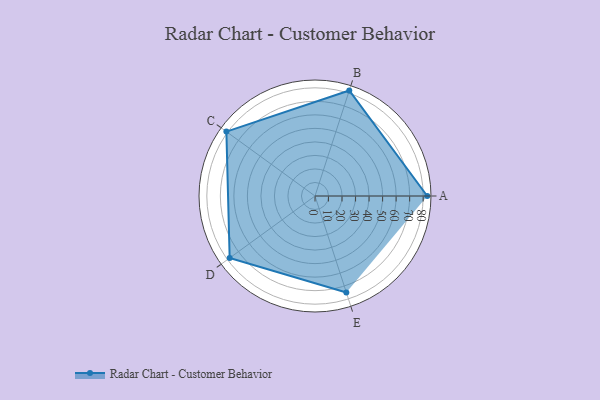
{"axis": {"x": "Skill", "y": "Score"}, "legend": ["Profile"], "data": [{"x": "A", "y": 83.0, "type": "Profile"}, {"x": "B", "y": 82.0, "type": "Profile"}, {"x": "C", "y": 81.0, "type": "Profile"}, {"x": "D", "y": 78.0, "type": "Profile"}, {"x": "E", "y": 75.0, "type": "Profile"}]}